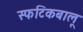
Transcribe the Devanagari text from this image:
स्फटिकबालू